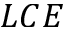
L C E